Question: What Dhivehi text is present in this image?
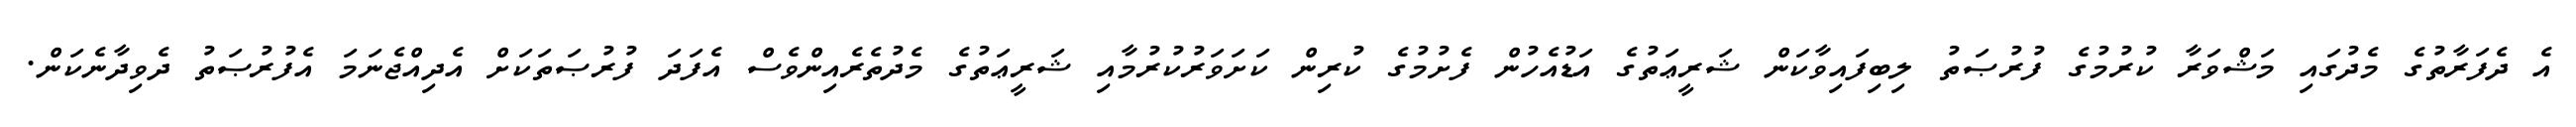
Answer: އެ ދެފަރާތުގެ މެދުގައި މަޝްވަރާ ކުރުމުގެ ފުރުޞަތު ލިބިފައިވާކަން ޝަރީޢަތުގެ އަޑުއެހުން ފެށުމުގެ ކުރިން ކަށަވަރުކުރުމާއި ޝަރީޢަތުގެ މެދުތެރެއިންވެސް އެފަދަ ފުރުޞަތަކަށް އެދިއްޖެނަމަ އެފުރުޞަތު ދެވިދާނެކަން.